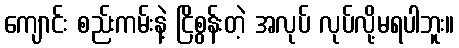
ကျောင်း စည်းကမ်းနဲ့ ငြိစွန်းတဲ့ အလုပ် လုပ်လို့မရပါဘူး။